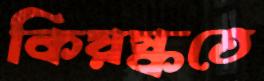
কিয়স্কতে